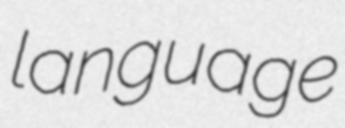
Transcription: language